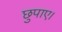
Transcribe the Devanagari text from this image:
छुपाए।